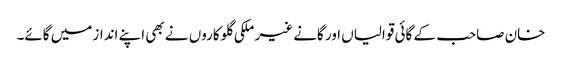
خان صاحب کے گائی قوالیاں اور گانے غیر ملکی گلوکاروں نے بھی اپنے انداز میں گائے۔